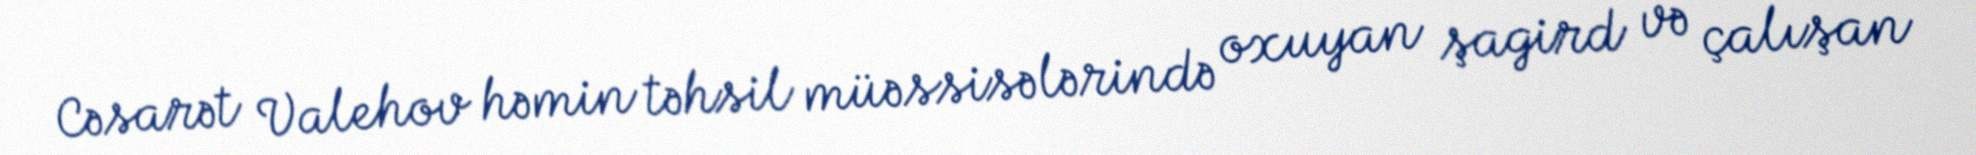
Cəsarət Valehov həmin təhsil müəssisələrində oxuyan şagird və çalışan